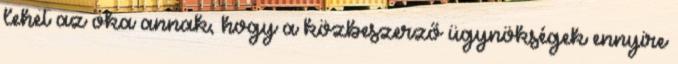
lehet az oka annak, hogy a közbeszerző ügynökségek ennyire